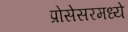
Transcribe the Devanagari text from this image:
प्रोसेसरमध्ये